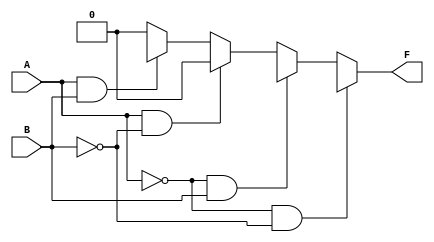
module two_variable_kmap (
    input wire A,      // Input variable A
    input wire B,      // Input variable B
    output wire F      // Output variable F
);

// Define the output F based on the K-map truth table
// F = F0*A'B' + F1*A'B + F2*AB' + F3*AB
// You can replace F0, F1, F2, F3 with the actual values (0 or 1) based on your specific logic function.

assign F = (A == 1'b0 && B == 1'b0) ? F0 : // Cell 0
           (A == 1'b0 && B == 1'b1) ? F1 : // Cell 1
           (A == 1'b1 && B == 1'b0) ? F2 : // Cell 2
           (A == 1'b1 && B == 1'b1) ? F3 : // Cell 3
           1'b0; // Default case (should not occur)

endmodule